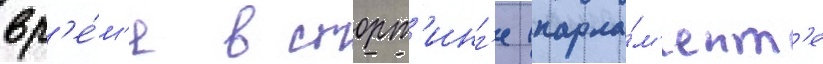
вр'е́м'я в сторт'инг'е (парла́м'ент'е